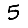
Digit: 5